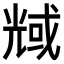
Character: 𠒬